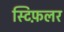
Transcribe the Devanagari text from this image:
स्टिफ़लर